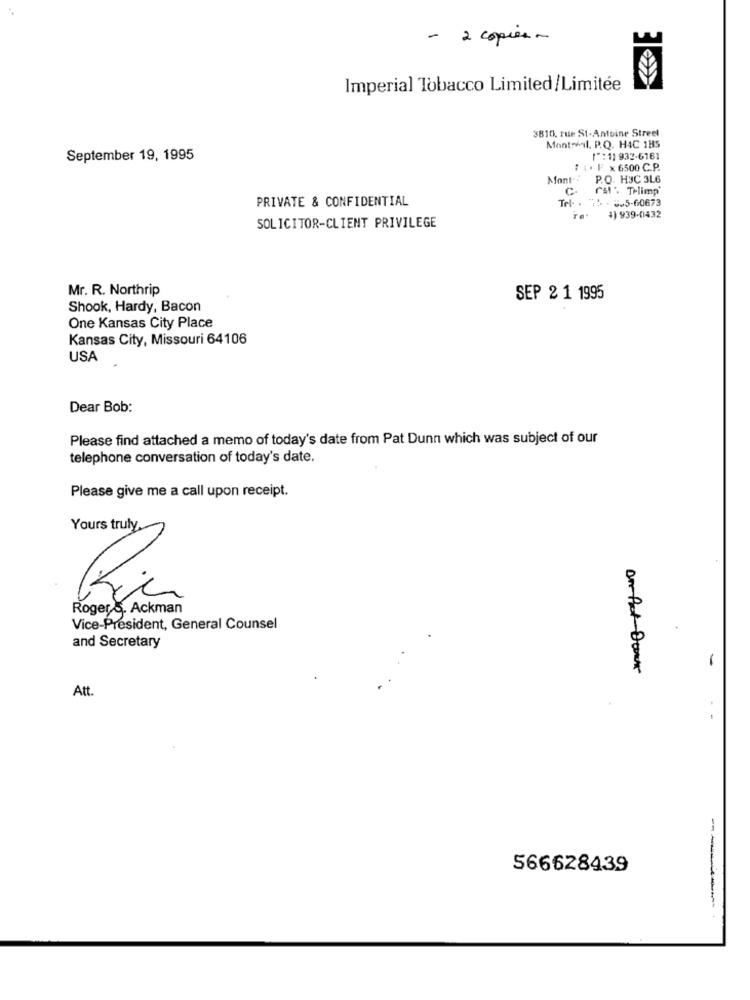
- 2 copies -
Imperial Tobacco Limited/Limitée
3810, rue St-Antoine Street
Mont al. P.Q. HAC 185
September 19, 1995
[":11 932-6161
# 1. Fx 6500 C.P.
Mont ..
P.O. H3C 3L6
C. rsl: Telimp
PRIVATE & CONFIDENTIAL
Tel . :: - 5-60673
4) 939-0432
SOLICITOR-CLIENT PRIVILEGE
Mr. R. Northrip
SEP 2 1 1995
Shook, Hardy, Bacon
One Kansas City Place
Kansas City, Missouri 64106
USA
Dear Bob:
Please find attached a memo of today's date from Pat Dunn which was subject of our
telephone conversation of today's date.
Please give me a call upon receipt.
Yours truly
Rogers. Ackman
Vice-President, General Counsel
and Secretary
Att.
566628439
------